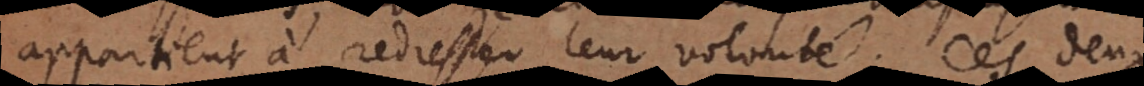
appartient à redresser leur volonté. Ces deux